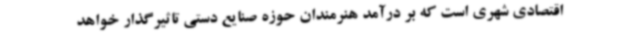
اقتصادی شهری است که بر درآمد هنرمندان حوزه صنایع دستی تاثیرگذار خواهد